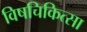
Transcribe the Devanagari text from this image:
विषचिकित्सा